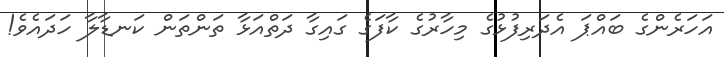
އަހަރެންގެ ބައްޕަ އެދަރިފުޅުގެ މިހާރުގެ ކާފަގެ ގައިގާ ދަތްއަޅާ ތަންތަން ކަނޑާލާ ހަދައެވެ!